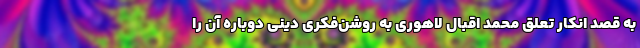
به قصد انکار تعلق محمد اقبال لاهوری به روشن‌فکری دینی دوباره آن را